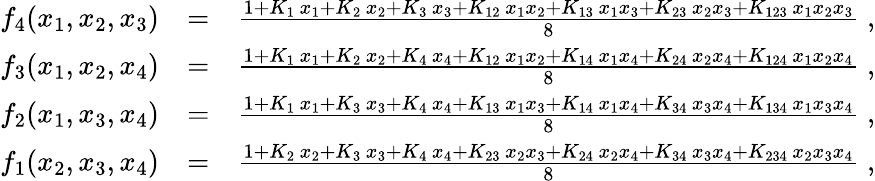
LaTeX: \begin{array}{rlr}{f_{4}(x_{1},x_{2},x_{3})}&{=}&{\frac{1+K_{1}\, x_{1}+K_{2}\, x_{2}+K_{3}\, x_{3}+K_{12}\, x_{1}x_{2}+K_{13}\, x_{1}x_{3}+K_{23}\, x_{2}x_{3}+K_{123}\, x_{1}x_{2}x_{3}}{8}\; ,}\\ {f_{3}(x_{1},x_{2},x_{4})}&{=}&{\frac{1+K_{1}\, x_{1}+K_{2}\, x_{2}+K_{4}\, x_{4}+K_{12}\, x_{1}x_{2}+K_{14}\, x_{1}x_{4}+K_{24}\, x_{2}x_{4}+K_{124}\, x_{1}x_{2}x_{4}}{8}\; ,}\\ {f_{2}(x_{1},x_{3},x_{4})}&{=}&{\frac{1+K_{1}\, x_{1}+K_{3}\, x_{3}+K_{4}\, x_{4}+K_{13}\, x_{1}x_{3}+K_{14}\, x_{1}x_{4}+K_{34}\, x_{3}x_{4}+K_{134}\, x_{1}x_{3}x_{4}}{8}\; ,}\\ {f_{1}(x_{2},x_{3},x_{4})}&{=}&{\frac{1+K_{2}\, x_{2}+K_{3}\, x_{3}+K_{4}\, x_{4}+K_{23}\, x_{2}x_{3}+K_{24}\, x_{2}x_{4}+K_{34}\, x_{3}x_{4}+K_{234}\, x_{2}x_{3}x_{4}}{8}\; ,}\end{array}